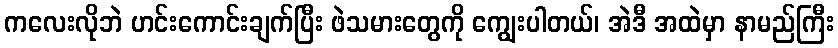
ကလေးလိုဘဲ ဟင်းကောင်းချက်ပြီး ဖဲသမားတွေကို ကျွေးပါတယ်၊ အဲဒီ အထဲမှာ နာမည်ကြီး